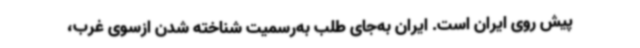
پیش روی ایران است. ایران به‌جای طلب به‌رسمیت شناخته شدن ازسوی غرب،